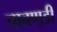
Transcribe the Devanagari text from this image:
चावण़्डी